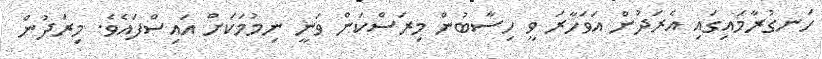
ހަނގުރާމައިގައި އެރަދުން އަވަހާރަ ވީ ހިސާބުން މިރަސްކަން ވަނީ ނިމުމަކަށް އައިސްފައެވެ. މިރަދުން